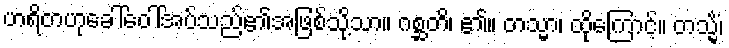
ဟရိတဟုခေါ်ဝေါ်အပ်သည်၏အဖြစ်သို့သာ။ ဂစ္ဆတိ၊ ၏။ တသ္မာ၊ ထိုကြောင့်။ တသ္မိံ၊